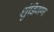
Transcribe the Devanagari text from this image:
शुंडिगण